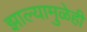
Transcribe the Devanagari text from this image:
झाल्यामुळेही